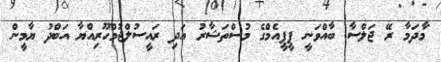
މާދަމާ ރޭ ޖަލްސާ ބާއްވަނީ ޕީޕީއެމްގެ މުސްތަޝާރު އަދި ރައީސުލްޖުމްހޫރިއްޔާ އަބްދު ޔާމީން